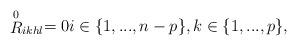
LaTeX: \begin{align*}\stackrel{0}{R}_{ikhl} = 0 i \in \{1,...,n-p \}, k \in \{1,...,p\},\end{align*}